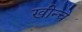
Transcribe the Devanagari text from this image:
खीन्चे